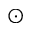
_ { \odot }